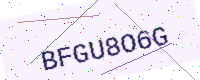
Text: BFGU8O6G